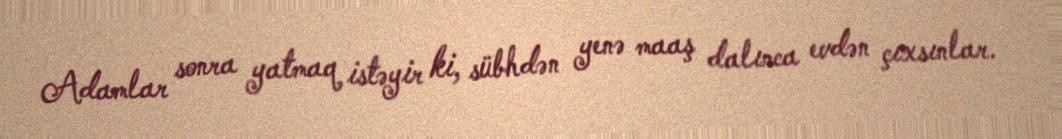
Adamlar sonra yatmaq istəyir ki, sübhdən yenə maaş dalınca evdən çıxsınlar.